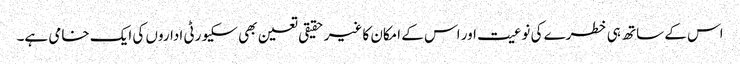
اس کے ساتھ ہی خطرے کی نوعیت اور اس کے امکان کا غیر حقیقی تعین بھی سکیورٹی اداروں کی ایک خامی ہے۔